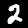
Label: 2